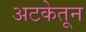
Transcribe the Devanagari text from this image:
अटकेतून